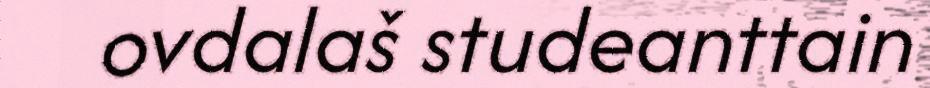
ovdalaš studeanttain